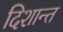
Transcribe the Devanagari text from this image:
दिशान्त